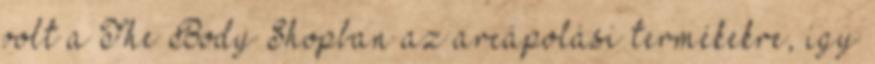
volt a The Body Shopban az arcápolási termékekre, így